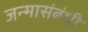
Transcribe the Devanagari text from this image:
जन्मासंबंधी